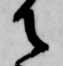
御